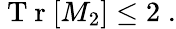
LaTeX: \begin{array}{r}{\mathrm{~T~r~}[M_{2}]\leq 2\; .}\end{array}